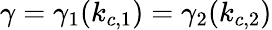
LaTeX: \gamma=\gamma_{1}(k_{c,1})=\gamma_{2}(k_{c,2})